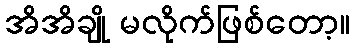
အိအိချို မလိုက်ဖြစ်တော့။